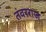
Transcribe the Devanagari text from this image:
तंवरराज